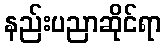
နည်းပညာဆိုင်ရာ